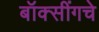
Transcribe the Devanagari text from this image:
बॉक्सींगचे